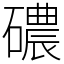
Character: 䃩